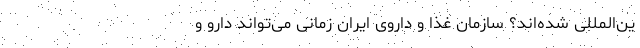
ین‌المللی شده‌اند؟ سازمان غذا و داروی ایران زمانی می‌تواند دارو و